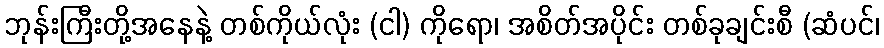
ဘုန်းကြီးတို့အနေနဲ့ တစ်ကိုယ်လုံး (ငါ) ကိုရော၊ အစိတ်အပိုင်း တစ်ခုချင်းစီ (ဆံပင်၊